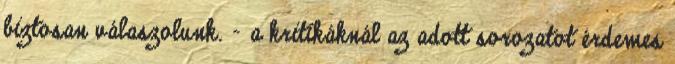
biztosan válaszolunk. - a kritikáknál az adott sorozatot érdemes